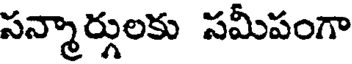
సన్మార్గులకు సమీపంగా